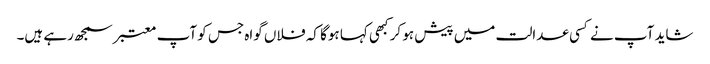
شاید آپ نے کسی عدالت میں پیش ہو کر کبھی کہا ہوگا کہ فلاں گواہ جس کو آپ معتبر سمجھ رہے ہیں۔